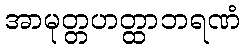
အာမုတ္တဟတ္ထာဘရဏံ